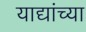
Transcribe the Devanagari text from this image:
याद्यांच्या